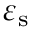
\varepsilon _ { \mathrm { s } }